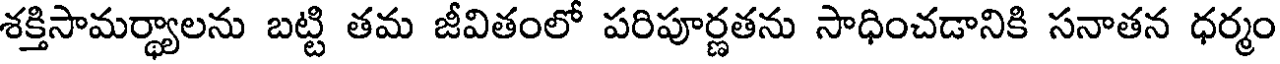
శక్తిసామర్థ్యాలను బట్టి తమ జీవితంలో పరిపూర్ణతను సాధించడానికి సనాతన ధర్మం